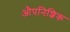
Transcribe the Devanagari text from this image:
औपनिशिक